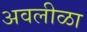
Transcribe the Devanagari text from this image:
अवलीळा